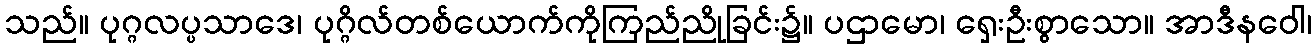
သည်။ ပုဂ္ဂလပ္ပသာဒေ၊ ပုဂ္ဂိလ်တစ်ယောက်ကိုကြည်ညိုခြင်း၌။ ပဌာမော၊ ရှေးဦးစွာသော။ အာဒီနဝေါ၊